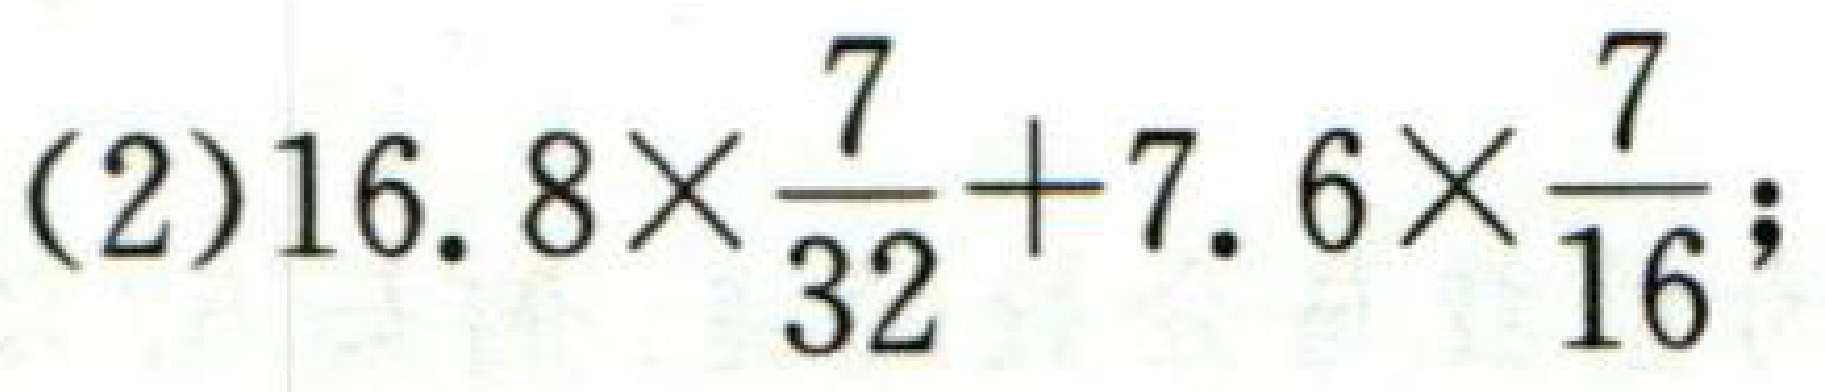
(2)\(16.8\times\frac{7}{32}+7.6\times\frac{7}{16};\)